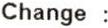
CHANGE :